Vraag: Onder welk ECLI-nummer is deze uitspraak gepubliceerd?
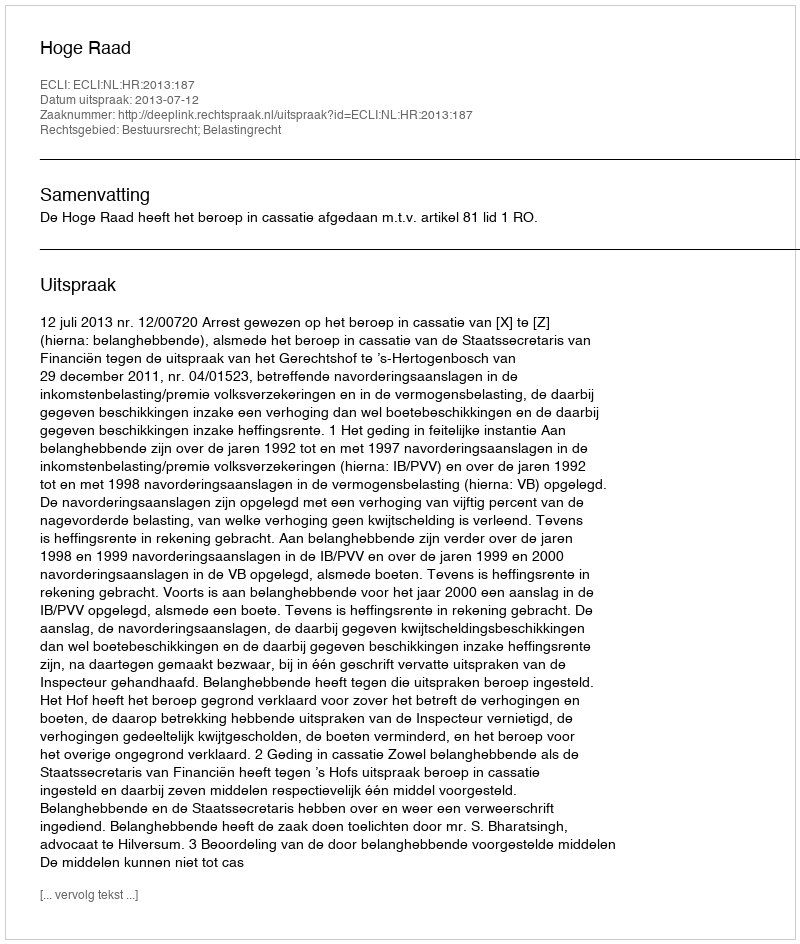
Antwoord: ECLI:NL:HR:2013:187